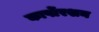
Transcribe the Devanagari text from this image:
कार्पोरशन